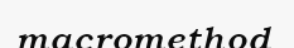
macromethod